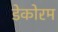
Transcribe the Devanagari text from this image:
डेकोरम